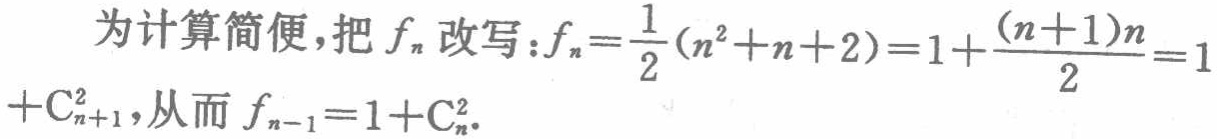
为计算简便，把 \(f_n\) 改写：\(f_n=\frac{1}{2}(n^2 + n + 2)=1+\frac{(n + 1)n}{2}=1+\mathrm{C}_{n + 1}^2\)，从而 \(f_{n - 1}=1+\mathrm{C}_{n}^2\)。